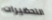
التحضيرات